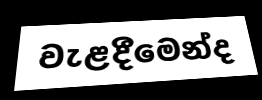
වැළදීමෙන්ද